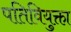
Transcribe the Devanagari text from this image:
पतिवियुक्ता